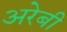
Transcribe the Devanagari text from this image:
अरेबी